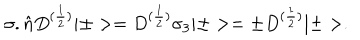
{ \sigma } . \hat { n } D ^ { ( \frac { 1 } { 2 } ) } | \pm > = D ^ { ( \frac { 1 } { 2 } ) } { \sigma } _ { 3 } | \pm > = { \pm } D ^ { ( \frac { 1 } { 2 } ) } | \pm > .